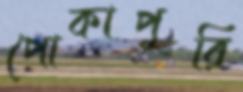
পোকাপুরি